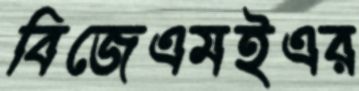
বিজেএমইএর